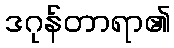
ဒဂုန်တာရာ၏